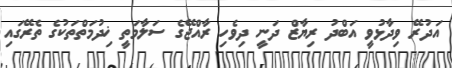
އަދުރޭ ވިދާޅުވީ އަބްދު ރިޔާޒް ދަނީ ދިވެހި ރާއްޖޭގެ ސަލާމަތީ ޚިދުމަތްްތަކުގެ ތެރޭގައި